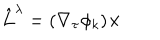
\hat { L } ^ { \lambda } = ( \nabla _ { \tau } \phi _ { k } ) \times